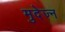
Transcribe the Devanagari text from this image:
मुदेज्न